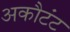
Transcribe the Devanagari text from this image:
अकौटंट